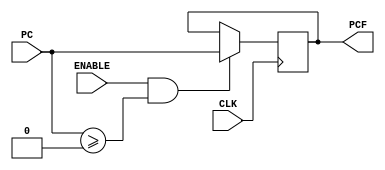
`timescale 100fs/100fs

module WB_IF(PC,PCF,CLK,ENABLE);

// input & output
input [31:0] PC;
output reg [31:0] PCF;
input CLK,ENABLE;

initial begin
    PCF=0;
end

always @(posedge CLK) begin
    if(ENABLE==1 && $signed(PC)>=0 )
        PCF = PC;
end

endmodule